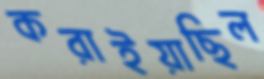
করাইয়াছিল